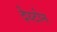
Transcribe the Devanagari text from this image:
देय्टोन